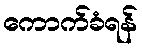
ကောက်ခံရန်